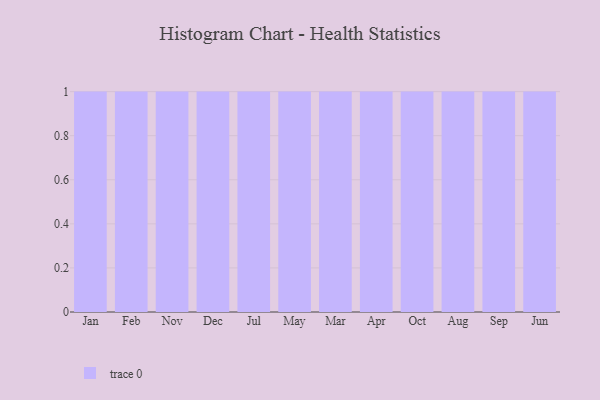
{"axis": {"x": "Month", "y": "Website Visitors"}, "legend": [""], "data": [{"x": "Jan", "y": 6, "type": ""}, {"x": "Feb", "y": 20, "type": ""}, {"x": "Nov", "y": 75, "type": ""}, {"x": "Dec", "y": 99, "type": ""}, {"x": "Jul", "y": 73, "type": ""}, {"x": "May", "y": 83, "type": ""}, {"x": "Mar", "y": 82, "type": ""}, {"x": "Apr", "y": 54, "type": ""}, {"x": "Oct", "y": 18, "type": ""}, {"x": "Aug", "y": 41, "type": ""}, {"x": "Sep", "y": 8, "type": ""}, {"x": "Jun", "y": 43, "type": ""}]}